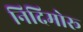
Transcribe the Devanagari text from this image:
निदिमोरू